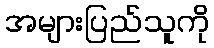
အများပြည်သူကို